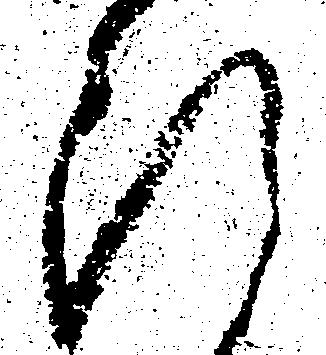
断